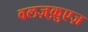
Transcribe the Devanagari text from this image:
वलज़्क़ुएज़